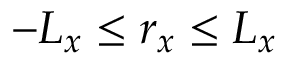
- L _ { x } \leq r _ { x } \leq L _ { x }